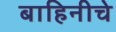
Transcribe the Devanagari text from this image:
बाहिनीचे